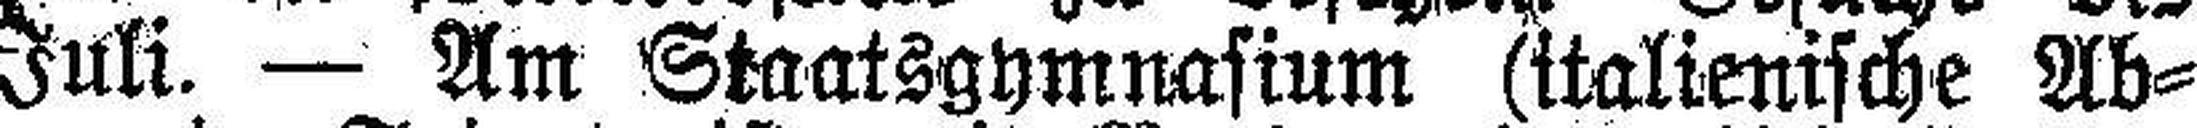
15. Juli. — Am Staatsgymnasium (ttalienische Ab¬